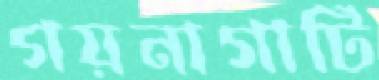
গয়নাগাটি